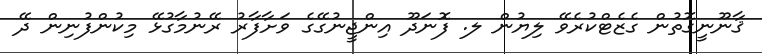
ޤާނޫނީގޮތުން ގެޒެޓްކުރެވޭ ލިޔުން ލ. ފޮނަދޫ އިންޖީނުގޭގެ ވަށާފާރު ރޭނުމާގުޅޭ މިކުންފުނިން ދޭ